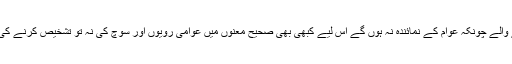
کیونکہ تشخیص اور تدبیر کرنے والے چونکہ عوام کے نمائندہ نہ ہوں گے اس لیے کبھی بھی صحیح معنوں میں عوامی رویوں اور سوچ کی نہ تو تشخیص کرنے کی اہلیت رکھتے ہوں گے نہ تدبیر۔